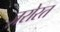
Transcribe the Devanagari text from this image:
ज़रोरत